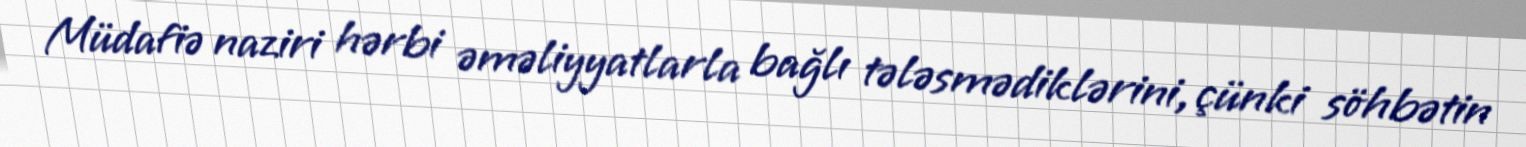
Müdafiə naziri hərbi əməliyyatlarla bağlı tələsmədiklərini, çünki söhbətin